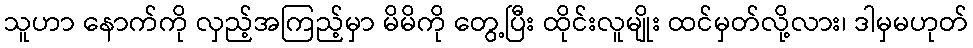
သူဟာ နောက်ကို လှည့်အကြည့်မှာ မိမိကို တွေ့ပြီး ထိုင်းလူမျိုး ထင်မှတ်လို့လား၊ ဒါမှမဟုတ်